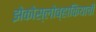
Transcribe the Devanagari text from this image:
झेकोस्लोव्हाकियाची